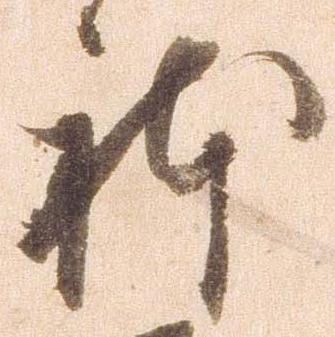
体